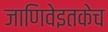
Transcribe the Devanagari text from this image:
जाणिवेइतकेच